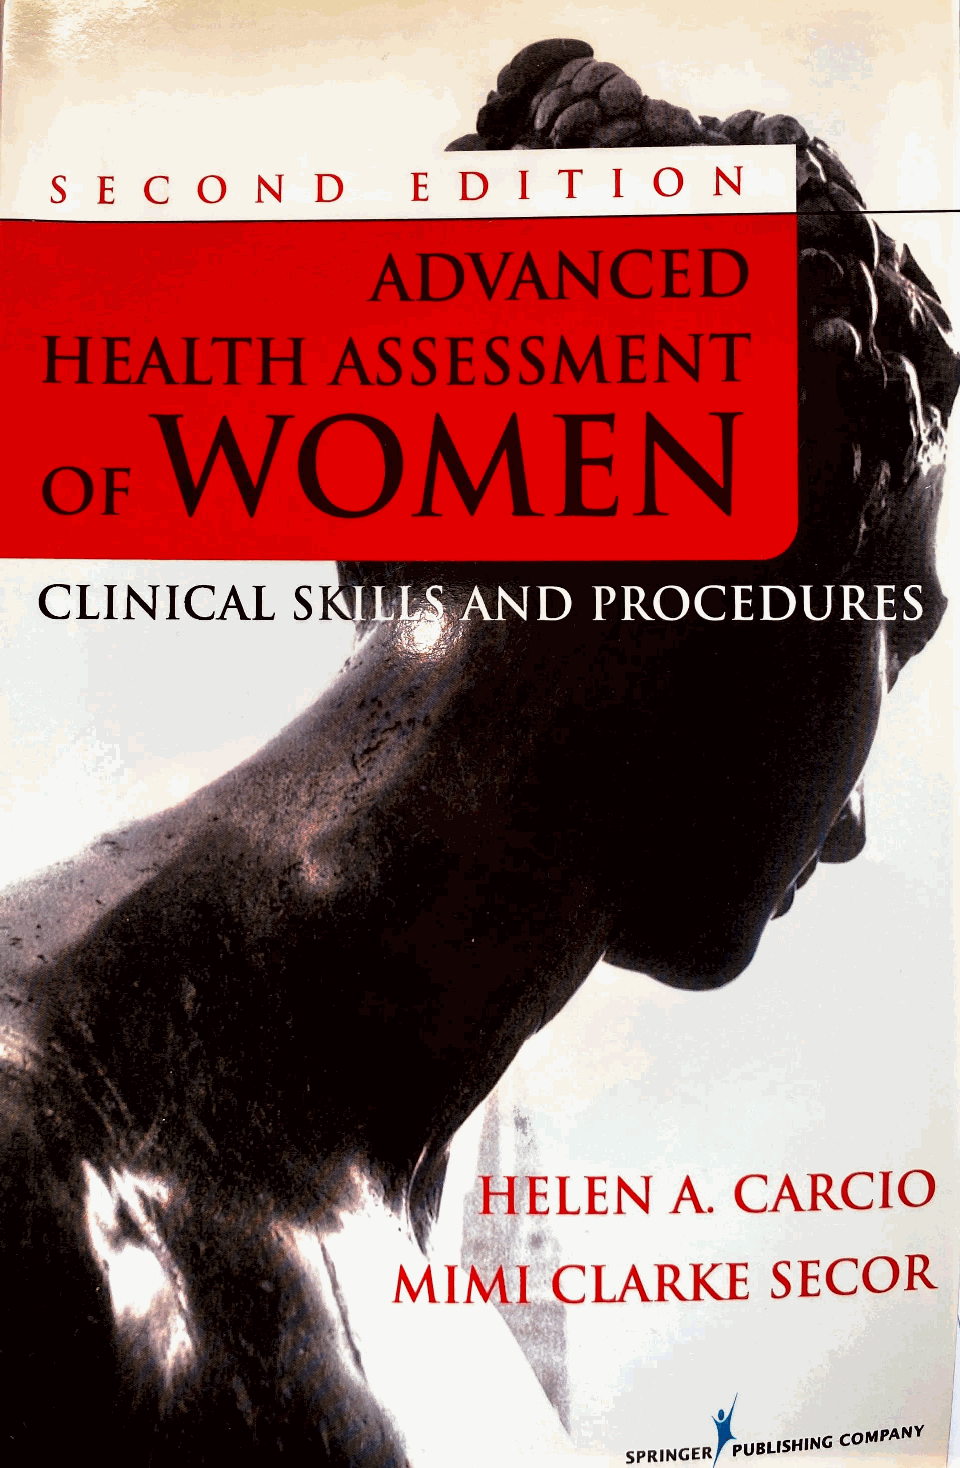
CLINICAL        S
 HELEN       A.   CARCIO
 MIMI      CLARKE         SECOR
 \
 1,
 oMPANY
 SPRINGER PUBLISHING C /